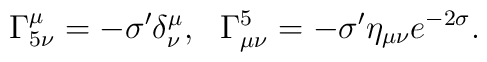
\Gamma^\mu_{5\nu} = -\sigma^\prime\delta^\mu_\nu, ~~ \Gamma^5_{\mu\nu} = -\sigma^\prime\eta_{\mu\nu}e^{-2\sigma} .